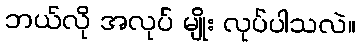
ဘယ်လို အလုပ် မျိုး လုပ်ပါသလဲ။